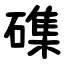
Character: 磼